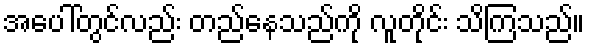
အပေါ်တွင်လည်း တည်နေသည်ကို လူတိုင်း သိကြသည်။